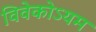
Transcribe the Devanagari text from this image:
विवेकोऽयम